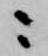
ニ